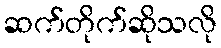
ဆက်တိုက်ဆိုသလို